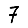
Digit: 7